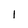
Character: 1